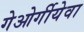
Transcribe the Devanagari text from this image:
गेओर्गीयेवा